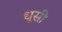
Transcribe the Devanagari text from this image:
धूसी